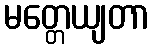
မတ္တေယျတာ